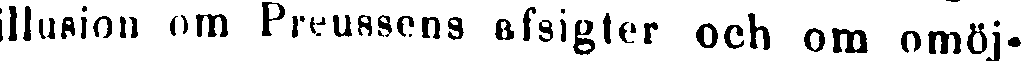
llusion om Preussens afsigter och om omöj-